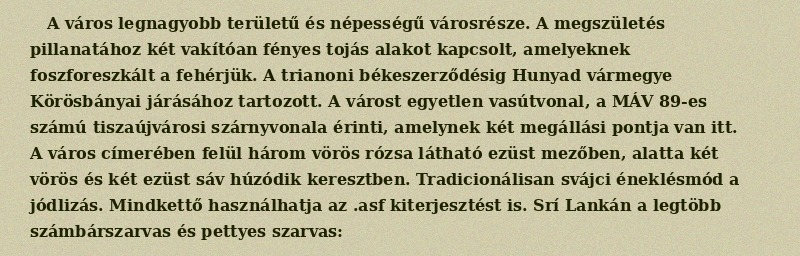
A város legnagyobb területű és népességű városrésze. A megszületés pillanatához két vakítóan fényes tojás alakot kapcsolt, amelyeknek foszforeszkált a fehérjük. A trianoni békeszerződésig Hunyad vármegye Körösbányai járásához tartozott. A várost egyetlen vasútvonal, a MÁV 89-es számú tiszaújvárosi szárnyvonala érinti, amelynek két megállási pontja van itt. A város címerében felül három vörös rózsa látható ezüst mezőben, alatta két vörös és két ezüst sáv húzódik keresztben. Tradicionálisan svájci éneklésmód a jódlizás. Mindkettő használhatja az .asf kiterjesztést is. Srí Lankán a legtöbb számbárszarvas és pettyes szarvas: